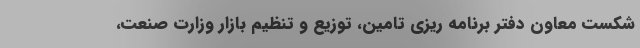
شکست معاون دفتر برنامه ریزی تامین، توزیع و تنظیم بازار وزارت صنعت،